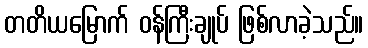
တတိယမြောက် ဝန်ကြီးချုပ် ဖြစ်လာခဲ့သည်။